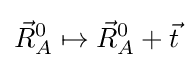
{\vec {R}}_{A}^{0}\mapsto {\vec {R}}_{A}^{0}+{\vec {t}}